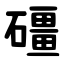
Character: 礓